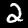
Label: 2